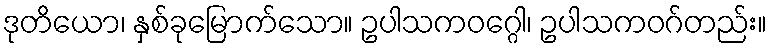
ဒုတိယော၊ နှစ်ခုမြောက်သော။ ဥပါသကဝဂ္ဂေါ၊ ဥပါသကဝဂ်တည်း။